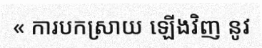
« ការបកស្រាយ ឡើងវិញ នូវ